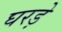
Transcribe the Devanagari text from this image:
घरड़े